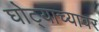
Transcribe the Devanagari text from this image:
घोट्याच्यावर